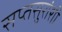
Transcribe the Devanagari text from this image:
सप्तसुरांशी